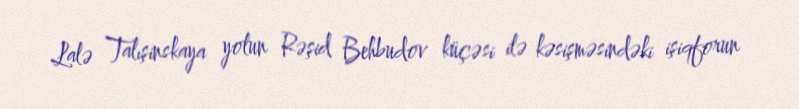
Lalə Talışinskaya yolun Rəşid Behbudov küçəsi ilə kəsişməsindəki işiqforun